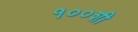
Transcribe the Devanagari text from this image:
१००शी